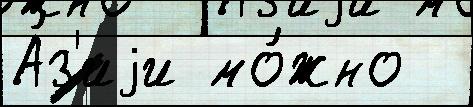
А́з'иjи мо́жно